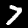
Label: 7